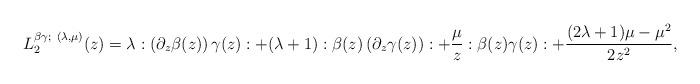
LaTeX: \begin{align*}L_2^{\beta\gamma;\ (\lambda, \mu)} (z)=\lambda :\left(\partial_z\beta (z)\right)\gamma (z): +(\lambda +1):\beta (z)\left(\partial_z\gamma (z)\right): +\frac{\mu}{z} :\beta (z)\gamma (z): +\frac{(2\lambda +1)\mu -\mu^2}{2z^2},\end{align*}